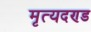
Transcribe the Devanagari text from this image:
मृत्यदण्ड